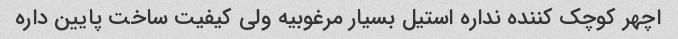
اچهر کوچک کننده نداره استیل بسیار مرغوبیه ولی کیفیت ساخت پایین داره